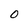
Character: O